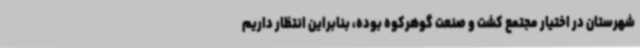
شهرستان در اختیار مجتمع کشت و صنعت گوهرکوه بوده، بنابراین انتظار داریم